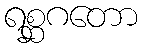
ရစ္ဆဂတော